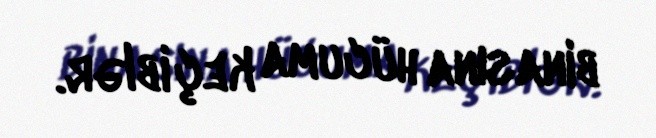
binasına hücuma keçiblər.